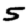
Digit: 5